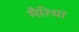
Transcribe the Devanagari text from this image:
मैरिया